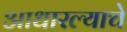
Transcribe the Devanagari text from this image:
आधारल्याचे